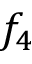
f _ { 4 }